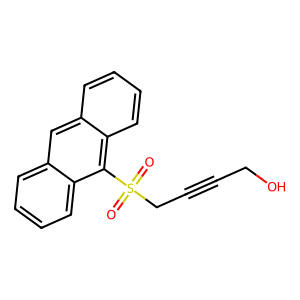
SMILES: O=S(=O)(CC#CCO)c1c2ccccc2cc2ccccc12
Inhibits HIV replication: No